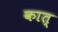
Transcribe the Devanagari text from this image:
कात्‌